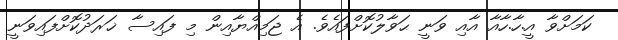
ކަމަށްވާ އީ.ހާ.ހާއާ އާއި ވަނީ ޙަވާލުކޮށްފައެވެ. އެ ޖަމިއްޔާއިން މި ފައިސާ ޚަރަދުކޮށްފައިވަނީ